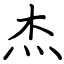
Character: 杰